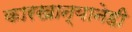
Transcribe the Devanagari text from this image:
कारखान्यानेही